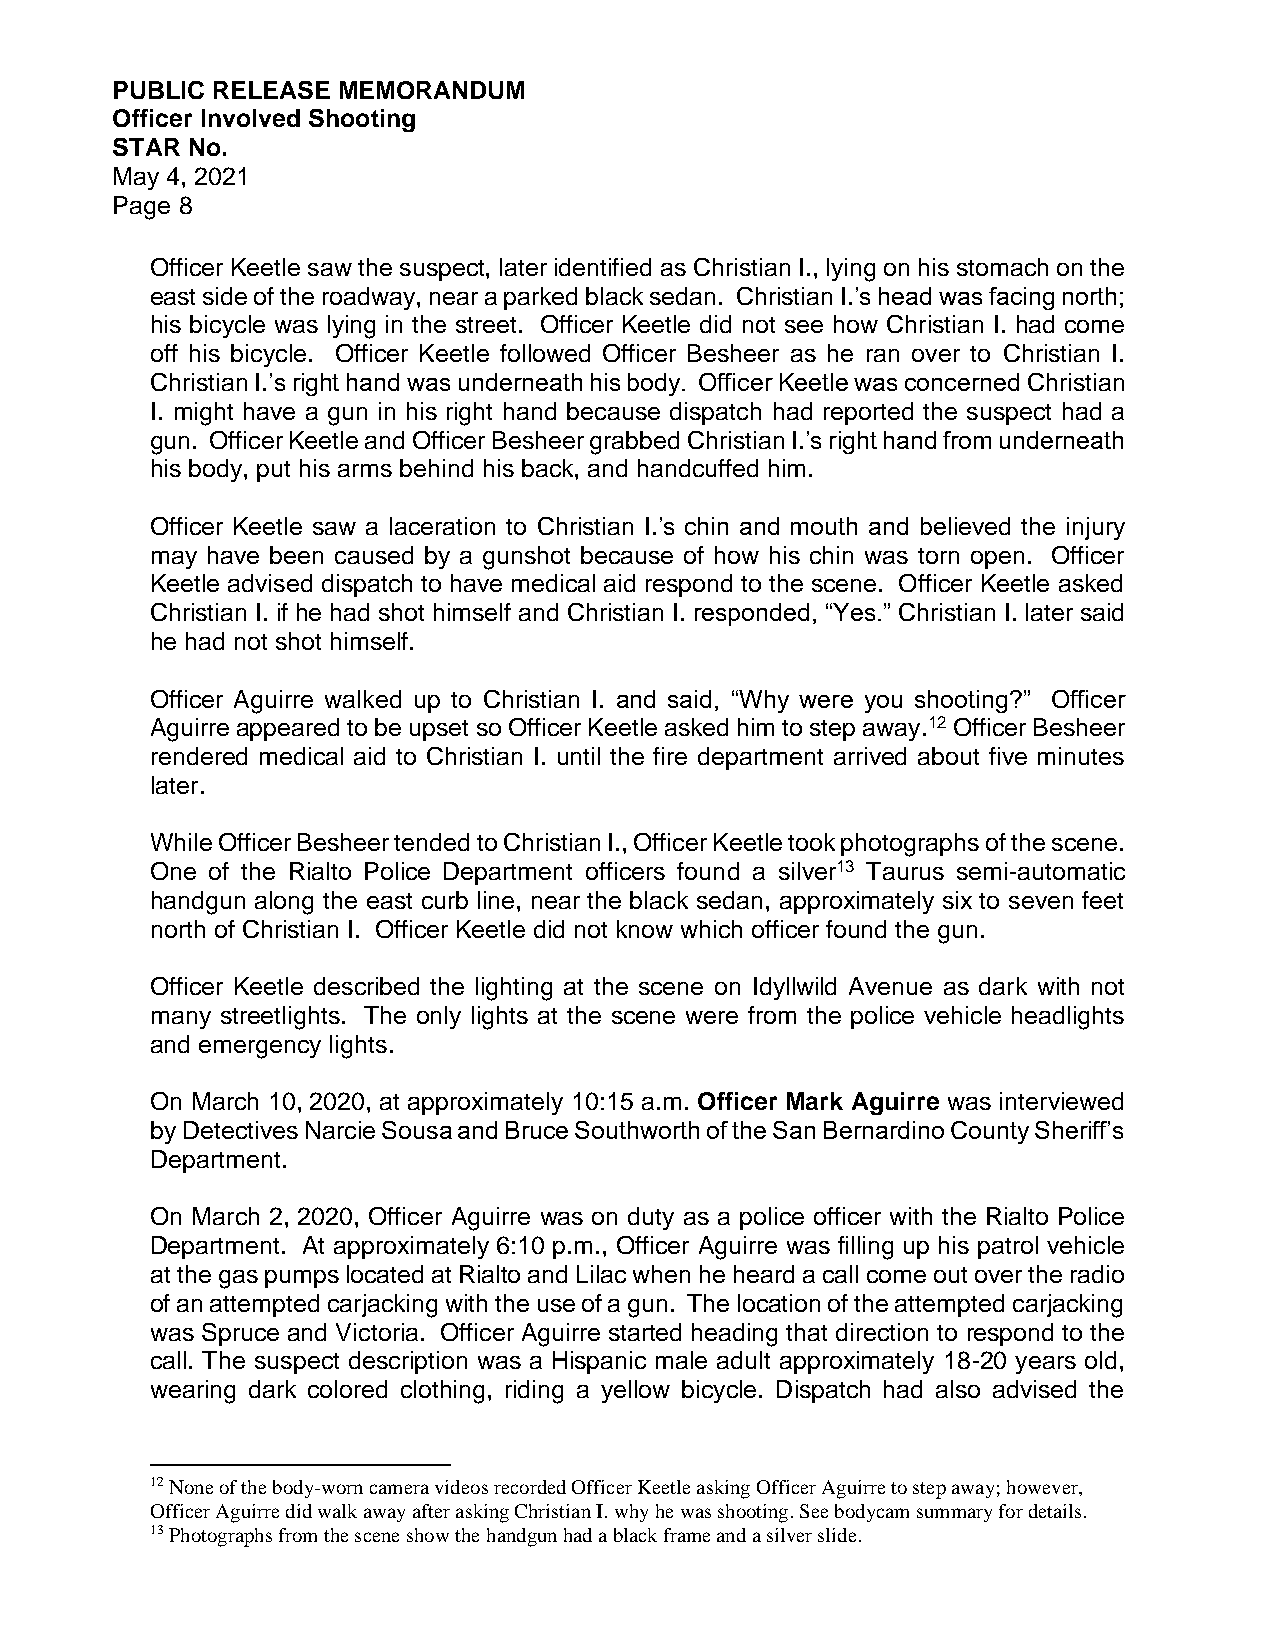
PUBLIC RELEASE MEMORANDUM
 Officer Involved Shooting
 STAR No.
 May 4, 2021
 Page 8
 Officer Keetle saw the suspect, later identified as Christian I., lying on his stomach on the
 east side of the roadway, near a parked black sedan. Christian I.’s head was facing north;
 his bicycle was lying in the street. Officer Keetle did not see how Christian I. had come
 off his bicycle. Officer Keetle followed Officer Besheer as he ran over to Christian I.
 Christian I.’s right hand was underneath his body. Officer Keetle was concerned Christian
 I. might have a gun in his right hand because dispatch had reported the suspect had a
 gun. Officer Keetle and Officer Besheer grabbed Christian I.’s right hand from underneath
 his body, put his arms behind his back, and handcuffed him.
 Officer Keetle saw a laceration to Christian I.’s chin and mouth and believed the injury
 may have been caused by a gunshot because of how his chin was torn open. Officer
 Keetle advised dispatch to have medical aid respond to the scene. Officer Keetle asked
 Christian I. if he had shot himself and Christian I. responded, “Yes.” Christian I. later said
 he had not shot himself.
 Officer Aguirre walked up to Christian I. and said, “Why were you shooting?” Officer
 Aguirre appeared to be upset so Officer Keetle asked him to step away.12 Officer Besheer
 rendered medical aid to Christian I. until the fire department arrived about five minutes
 later.
 While Officer Besheer tended to Christian I., Officer Keetle took photographs of the scene.
 One of the Rialto Police Department officers found a silver13 Taurus semi-automatic
 handgun along the east curb line, near the black sedan, approximately six to seven feet
 north of Christian I. Officer Keetle did not know which officer found the gun.
 Officer Keetle described the lighting at the scene on Idyllwild Avenue as dark with not
 many streetlights. The only lights at the scene were from the police vehicle headlights
 and emergency lights.
 On March 10, 2020, at approximately 10:15 a.m. Officer Mark Aguirre was interviewed
 by Detectives Narcie Sousa and Bruce Southworth of the San Bernardino County Sheriff’s
 Department.
 On March 2, 2020, Officer Aguirre was on duty as a police officer with the Rialto Police
 Department. At approximately 6:10 p.m., Officer Aguirre was filling up his patrol vehicle
 at the gas pumps located at Rialto and Lilac when he heard a call come out over the radio
 of an attempted carjacking with the use of a gun. The location of the attempted carjacking
 was Spruce and Victoria. Officer Aguirre started heading that direction to respond to the
 call. The suspect description was a Hispanic male adult approximately 18-20 years old,
 wearing dark colored clothing, riding a yellow bicycle. Dispatch had also advised the
 12 None of the body-worn camera videos recorded Officer Keetle asking Officer Aguirre to step away; however,
 Officer Aguirre did walk away after asking Christian I. why he was shooting. See bodycam summary for details.
 13 Photographs from the scene show the handgun had a black frame and a silver slide.